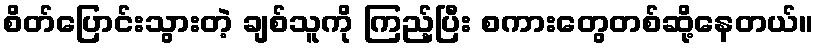
စိတ်ပြောင်းသွားတဲ့ ချစ်သူကို ကြည့်ပြီး စကားတွေတစ်ဆို့နေတယ်။